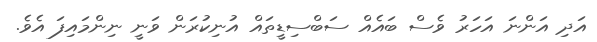
އަދި އަންނަ އަހަރު ވެސް ބައެއް ސަބްސިޑީތައް އުނިކުރަން ވަނީ ނިންމައިފަ އެވެ.